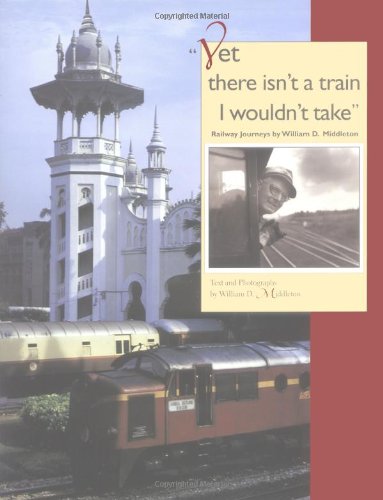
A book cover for "Yet there isn't a train I wouldn't take": Railway Journeys by William D. Middleton (Railroads Past and Present); William D. Middleton; Travel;